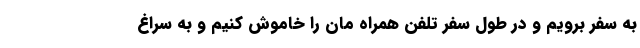
به سفر برویم و در طول سفر تلفن همراه مان را خاموش کنیم و به سراغ